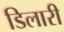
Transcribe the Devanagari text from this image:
डिलारी